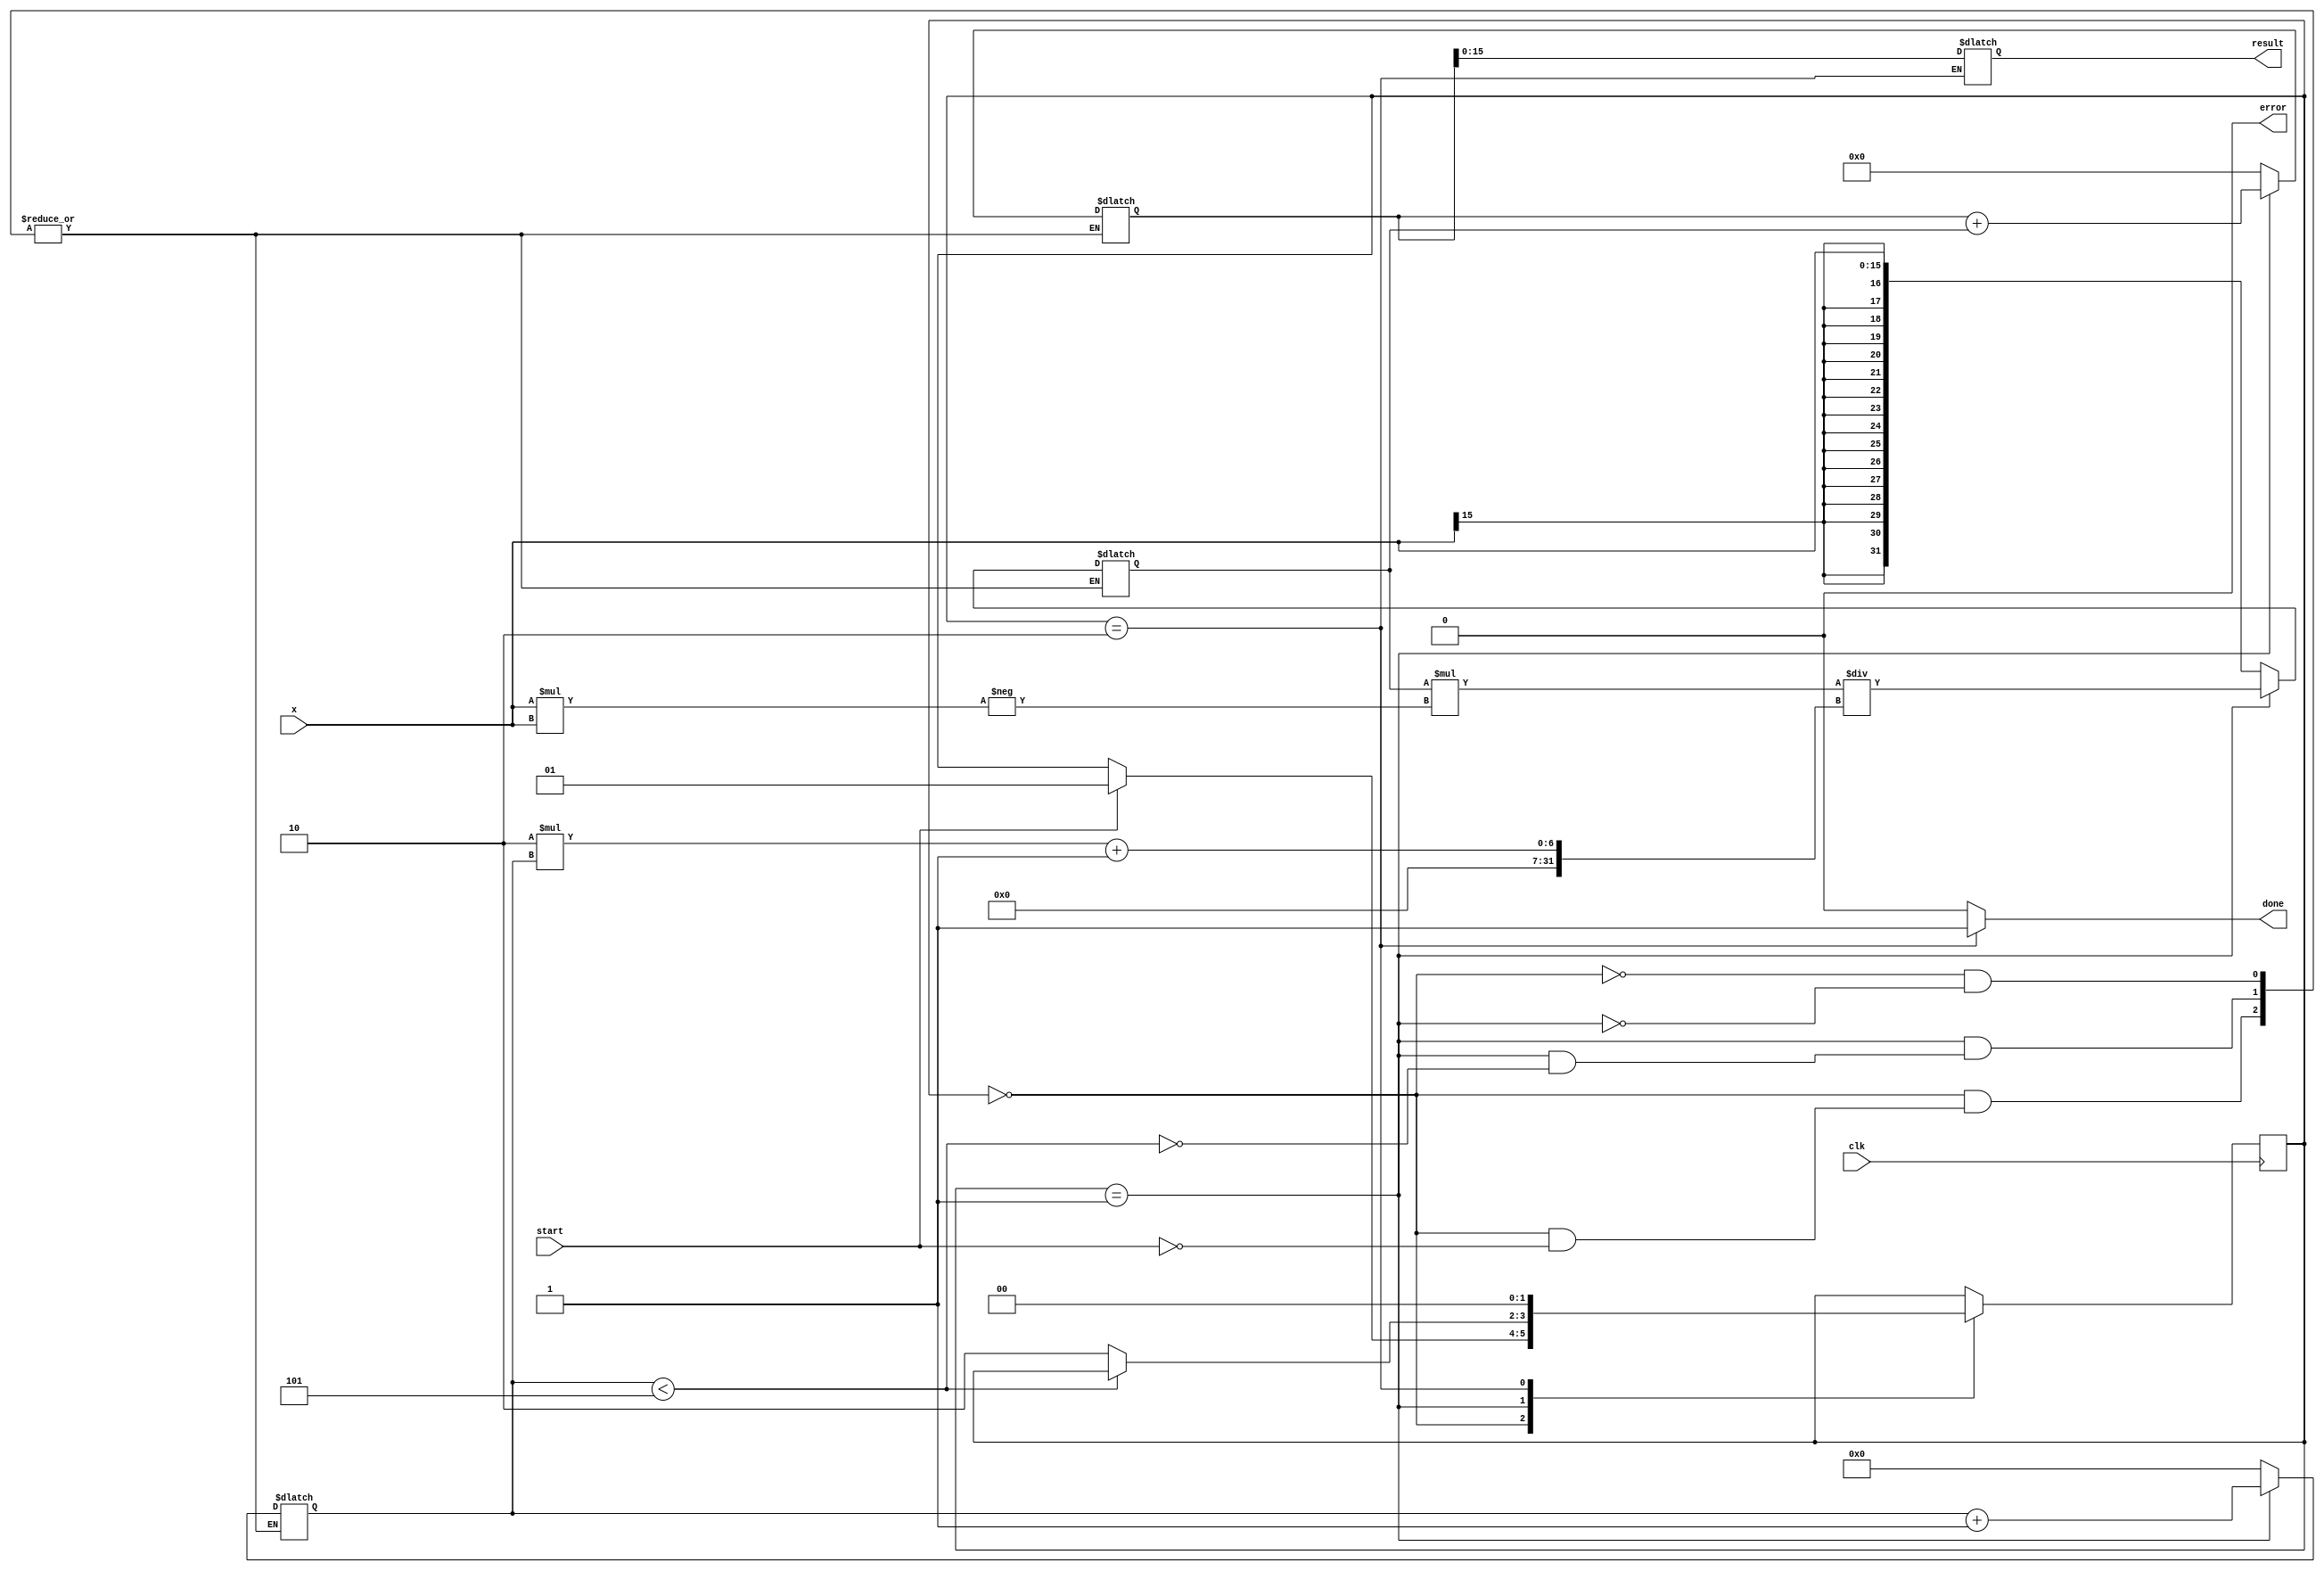
module atan_block (
    input wire clk,
    input wire start,
    input wire signed [15:0] x, // 16-bit signed fixed-point input
    output reg signed [15:0] result, // 16-bit signed fixed-point output
    output reg done,
    output reg error
);

    // State encoding
    localparam IDLE = 2'b00, COMPUTE = 2'b01, DONE = 2'b10;
    reg [1:0] state, next_state;

    // Intermediate values
    reg signed [31:0] x_squared; // 32-bit for intermediate calculations
    reg signed [31:0] term; // Current term in Taylor series
    reg signed [31:0] sum; // Sum of terms
    reg [3:0] n; // Term index

    // Constants
    localparam MAX_TERMS = 5; // Number of terms in Taylor series
    localparam FACTOR = 16'h4000; // 1.0 in fixed-point (16.16 format)

    always @(posedge clk) begin
        state <= next_state;
    end

    always @(*) begin
        next_state = state;
        done = 0;
        error = 0;

        case (state)
            IDLE: begin
                if (start) begin
                    next_state = COMPUTE;
                    sum = 0;
                    n = 0;
                    term = x; // First term of Taylor series
                end
            end
            
            COMPUTE: begin
                if (n < MAX_TERMS) begin
                    sum = sum + term;
                    // Calculate next term in Taylor series
                    x_squared = x * x; // x^2
                    term = (term * -x_squared) / (2 * n + 1); // (-x^2)^n / (2n+1)
                    n = n + 1;
                end else begin
                    next_state = DONE;
                end
            end
            
            DONE: begin
                result = sum[15:0]; // Output the result (taking lower 16 bits)
                done = 1;
                next_state = IDLE; // Go back to IDLE state
            end

        endcase
    end

endmodule